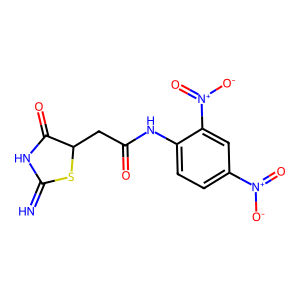
SMILES: N=C1NC(=O)C(CC(=O)Nc2ccc([N+](=O)[O-])cc2[N+](=O)[O-])S1
Inhibits HIV replication: No